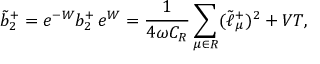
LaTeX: \tilde { b } _ { 2 } ^ { + } = e ^ { - W } b _ { 2 } ^ { + } \, e ^ { W } = { \frac { 1 } { 4 \omega C _ { \cal R } } } \sum _ { \mu \in { \cal R } } ( \tilde { \ell } _ { \mu } ^ { + } ) ^ { 2 } + V T ,